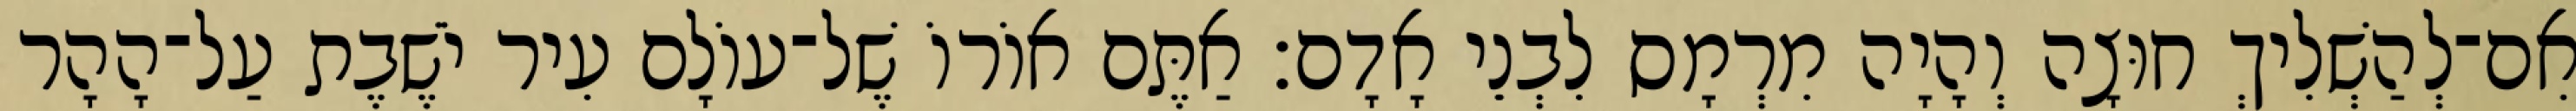
אִם־לְהַשְׁלִיךְ חוּצָה וְהָיָה מִרְמָס לִבְנֵי אָדָם׃ אַתֶּם אוֹרוֹ שֶׁל־עוֹלָם עִיר יֹשֶׁבֶת עַל־הָהָר